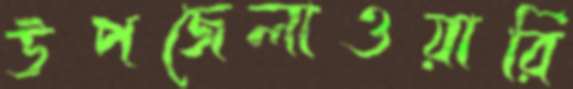
উপজেলাওয়ারি